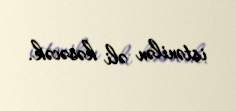
istənilən əli kəsəcək.